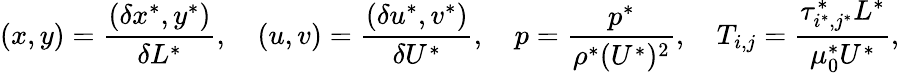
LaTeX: (x,y)=\frac{(\delta x^{*},y^{*})}{\delta L^{*}},\quad(u,v)=\frac{(\delta u^{*},v^{*})}{\delta U^{*}},\quad p=\frac{p^{*}}{\rho^{*}(U^{*})^{2}},\quad T_{i,j}=\frac{\tau_{i^{*},j^{*}}^{*}L^{*}}{\mu_{0}^{*}U^{*}},